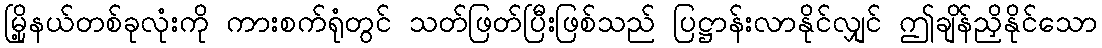
မြို့နယ်တစ်ခုလုံးကို ကားစက်ရုံတွင် သတ်ဖြတ်ပြီးဖြစ်သည် ပြဋ္ဌာန်းလာနိုင်လျှင် ဤချိန်ညှိနိုင်သော